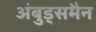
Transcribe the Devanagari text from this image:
अंबुड्समैन